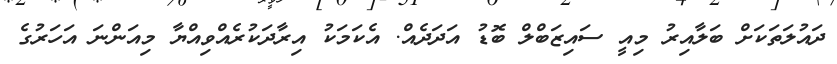
ދައުލަތަކަށް ބަލާއިރު މިއީ ސައިޒަބްލް ބޮޑު އަދަދެއް. އެކަމަކު އިރާދަކުރެއްވިއްޔާ މިއަންނަ އަހަރުގެ